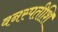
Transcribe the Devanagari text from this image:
वनस्पतीशि